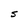
Character: S